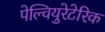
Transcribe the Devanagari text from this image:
पेल्वियुरेटेरिक